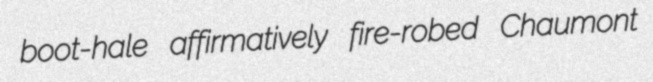
boot-hale affirmatively fire-robed Chaumont